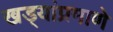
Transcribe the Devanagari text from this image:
खड्यांप्रमाणे